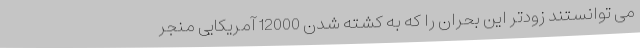
می توانستند زودتر این بحران را که به کشته شدن 12000 آمریکایی منجر